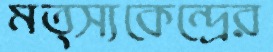
মত্স্যকেন্দ্রের